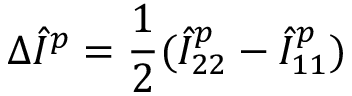
\Delta \hat { I } ^ { p } = \frac 1 2 ( \hat { I } _ { 2 2 } ^ { p } - \hat { I } _ { 1 1 } ^ { p } )